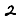
Digit: 2